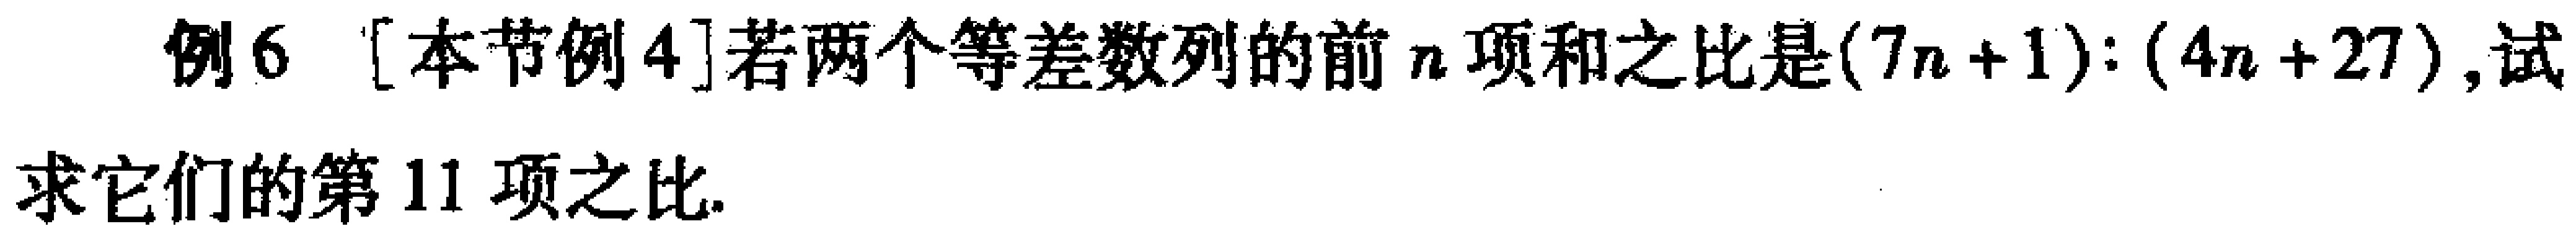
例6 [本节例4]若两个等差数列的前\(n\)项和之比是\((7n + 1):(4n + 27)\),试求它们的第11项之比.